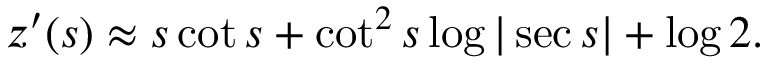
z ^ { \prime } ( s ) \approx s \cot s + \cot ^ { 2 } s \log | \sec s | + \log 2 .